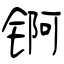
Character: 锕